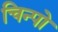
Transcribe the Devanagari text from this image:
चिन्पो